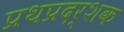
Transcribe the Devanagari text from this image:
प्रथप्रदर्शक